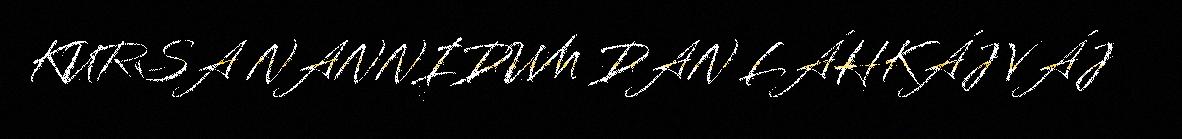
KURSA NANNIDUM DAN LÁHKÁJ VÁJ